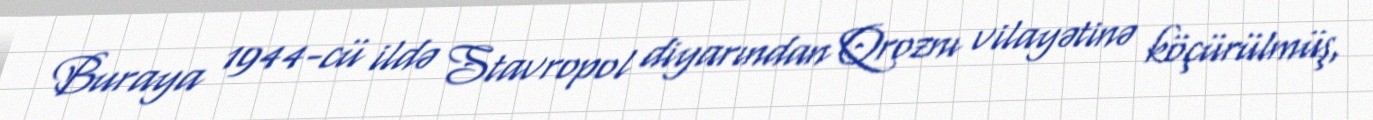
Buraya 1944-cü ildə Stavropol diyarından Qroznı vilayətinə köçürülmüş,